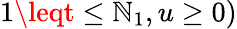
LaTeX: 1\leqt\leq\mathbb{N}_{1},u\geq0)